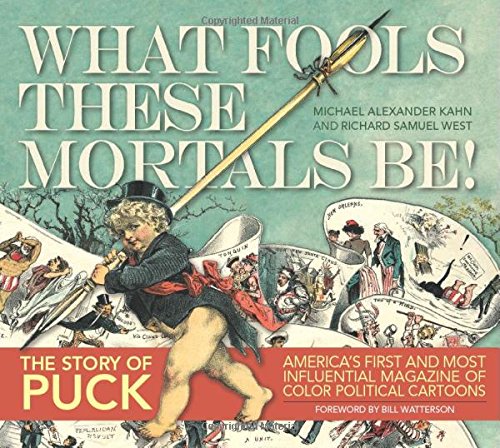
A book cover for Puck: What Fools These Mortals Be; Michael Alexander Kahn; Comics & Graphic Novels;